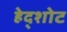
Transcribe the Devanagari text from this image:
हेद्शोट